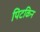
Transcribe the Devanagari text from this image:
पिटकिन